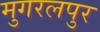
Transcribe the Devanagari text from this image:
मुगरलपुर